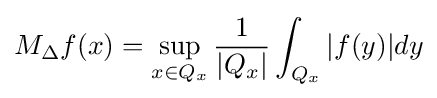
M_{\Delta }f(x)=\sup _{x\in Q_{x}}{\frac {1}{|Q_{x}|}}\int _{Q_{x}}|f(y)|dy